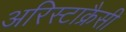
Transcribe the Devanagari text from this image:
अरिस्टाक्रैसी